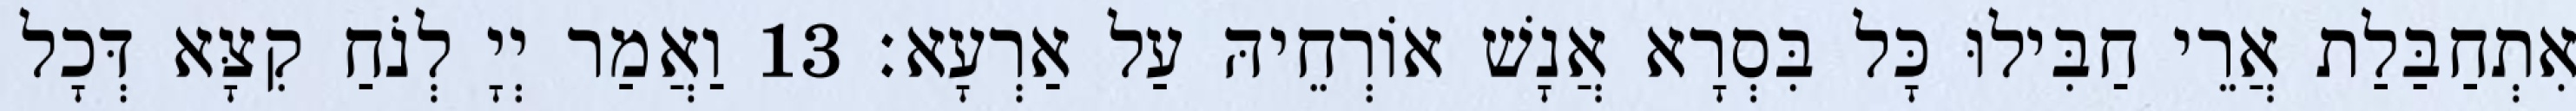
אִתְחַבַּלַת אֲרֵי חַבִּילוּ כָּל בִּסְרָא אֲנָשׁ אוֹרְחֵיהּ עַל אַרְעָא׃ 13 וַאֲמַר יְיָ לְנֹחַ קִצָּא דְּכָל